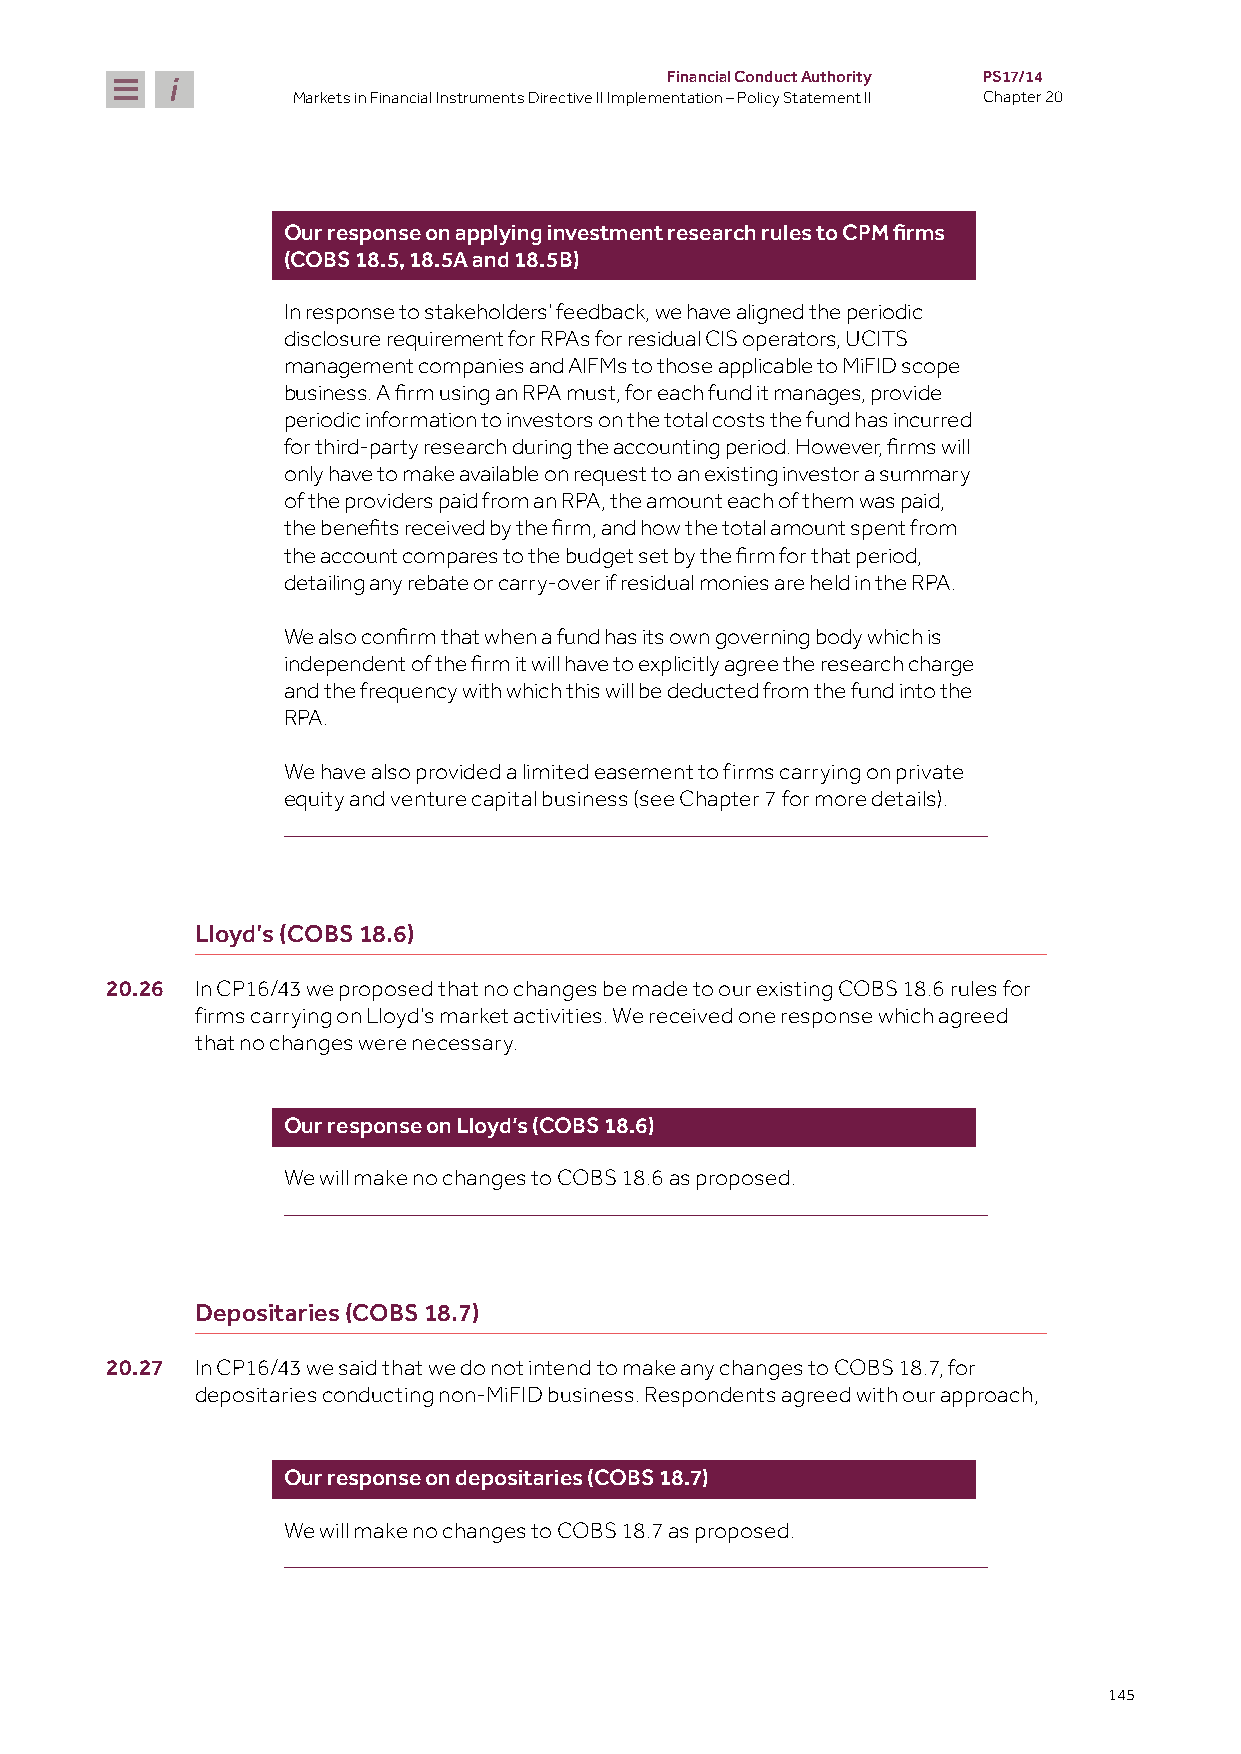
Financial Conduct Authority PS17/14
 Markets in Financial Instruments Directive II Implementation – Policy Statement II Chapter 20
 Our response on applying investment research rules to CPM firms
 (COBS 18.5, 18.5A and 18.5B)
 In response to stakeholders’ feedback, we have aligned the periodic
 disclosure requirement for RPAs for residual CIS operators, UCITS
 management companies and AIFMs to those applicable to MiFID scope
 business. A firm using an RPA must, for each fund it manages, provide
 periodic information to investors on the total costs the fund has incurred
 for third-party research during the accounting period. However, firms will
 only have to make available on request to an existing investor a summary
 of the providers paid from an RPA, the amount each of them was paid,
 the benefits received by the firm, and how the total amount spent from
 the account compares to the budget set by the firm for that period,
 detailing any rebate or carry-over if residual monies are held in the RPA.
 We also confirm that when a fund has its own governing body which is
 independent of the firm it will have to explicitly agree the research charge
 and the frequency with which this will be deducted from the fund into the
 RPA.
 We have also provided a limited easement to firms carrying on private
 equity and venture capital business (see Chapter 7 for more details).
 Lloyd’s (COBS 18.6)
 20.26 In CP16/43 we proposed that no changes be made to our existing COBS 18.6 rules for
 firms carrying on Lloyd’s market activities. We received one response which agreed
 that no changes were necessary.
 Our response on Lloyd’s (COBS 18.6)
 We will make no changes to COBS 18.6 as proposed.
 Depositaries (COBS 18.7)
 20.27 In CP16/43 we said that we do not intend to make any changes to COBS 18.7, for
 depositaries conducting non-MiFID business. Respondents agreed with our approach,
 Our response on depositaries (COBS 18.7)
 We will make no changes to COBS 18.7 as proposed.
 145